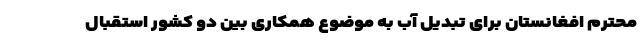
محترم افغانستان برای تبدیل آب به موضوع همکاری بین دو کشور استقبال